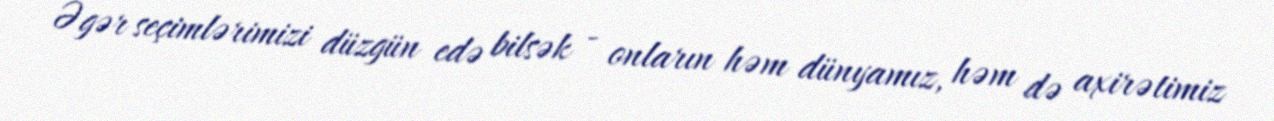
Əgər seçimlərimizi düzgün edə bilsək - onların həm dünyamız, həm də axirətimiz